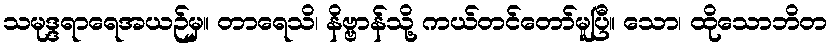
သမုဒ္ဒရာရေအယဉ်မှ။ တာရေသိ၊ နိဗ္ဗာန်သို့ ကယ်တင်တော်မူပြီ။ သော၊ ထိုသောဘိတ